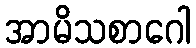
အာမိသစာဂေါ